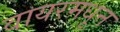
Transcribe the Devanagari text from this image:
वायरमधून